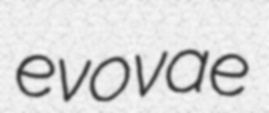
evovae